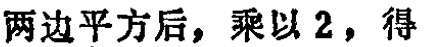
两边平方后，乘以 2，得